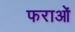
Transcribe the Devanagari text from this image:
फराओं